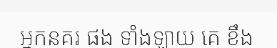
អ្នកនគរ ផង ទាំងឡាយ គេ ខឹង